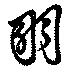
羽